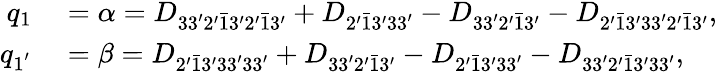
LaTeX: \begin{array}{rl}{q_{1}}&{{}=\alpha={D_{33^{\prime}2^{\prime}\bar{1}3^{\prime}2^{\prime}\bar{1}3^{\prime}}}+{D_{2^{\prime}\bar{1}3^{\prime}33^{\prime}}}-{D_{33^{\prime}2^{\prime}\bar{1}3^{\prime}}}-{D_{2^{\prime}\bar{1}3^{\prime}33^{\prime}2^{\prime}\bar{1}3^{\prime}}},}\\ {q_{1^{'}}}&{{}=\beta={D_{2^{\prime}\bar{1}3^{\prime}33^{\prime}33^{\prime}}}+{D_{33^{\prime}2^{\prime}\bar{1}3^{\prime}}}-{D_{2^{\prime}\bar{1}3^{\prime}33^{\prime}}}-{D_{33^{\prime}2^{\prime}\bar{1}3^{\prime}33^{\prime}}},}\end{array}